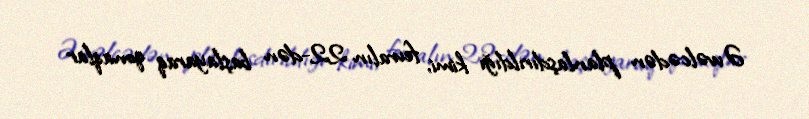
Əvvəlcədən planlaşdırıldığı kimi, fevralın 22-dən başlayaraq qonaqlar